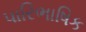
પારિભાષિક